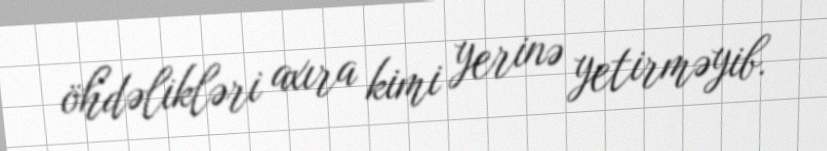
öhdəlikləri axıra kimi yerinə yetirməyib.